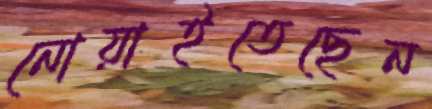
নোয়াইতেছেন